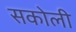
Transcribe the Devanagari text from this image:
सकोली